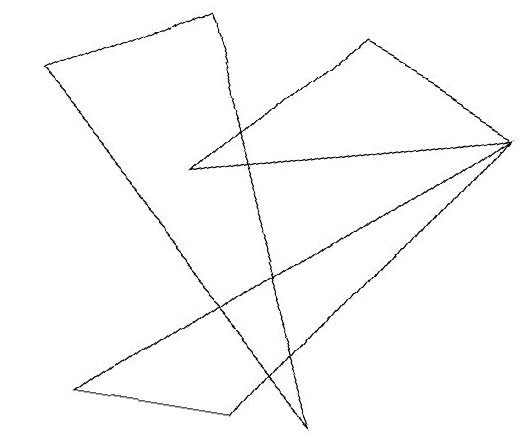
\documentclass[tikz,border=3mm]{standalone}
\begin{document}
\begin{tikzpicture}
\draw (2,6) -- (6,7) -- (4,8) -- cycle;
\draw (0,7) -- (2,8) -- (4,3) -- cycle;
\draw (6,7) -- (1,3) -- (3,3) -- cycle;
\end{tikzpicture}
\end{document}